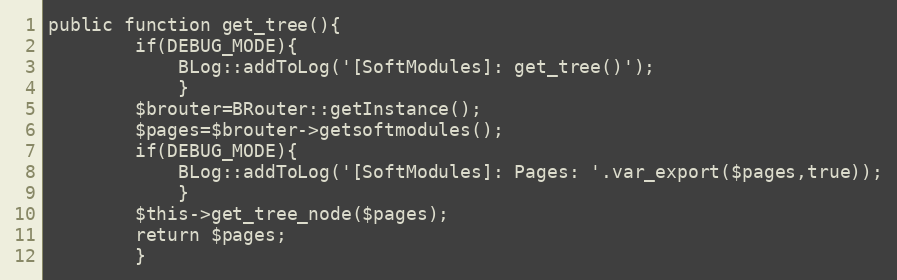
Language: PHP
public function get_tree(){
		if(DEBUG_MODE){
			BLog::addToLog('[SoftModules]: get_tree()');
			}
		$brouter=BRouter::getInstance();
		$pages=$brouter->getsoftmodules();
		if(DEBUG_MODE){
			BLog::addToLog('[SoftModules]: Pages: '.var_export($pages,true));
			}
		$this->get_tree_node($pages);
		return $pages;
		}